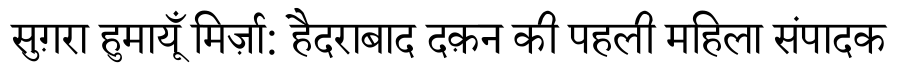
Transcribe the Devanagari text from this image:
सुग़रा हुमायूँ मिर्ज़ा: हैदराबाद दक़न की पहली महिला संपादक